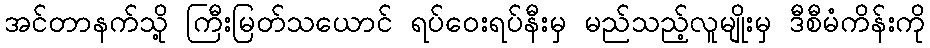
အင်တာနက်သို့ ကြီးမြတ်သယောင် ရပ်ဝေးရပ်နီးမှ မည်သည့်လူမျိုးမှ ဒီစီမံကိန်းကို